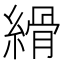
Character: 縎